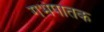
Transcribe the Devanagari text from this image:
गर्भपातक